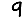
Digit: 9